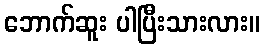
ဘောက်ဆူး ပါပြီးသားလား။